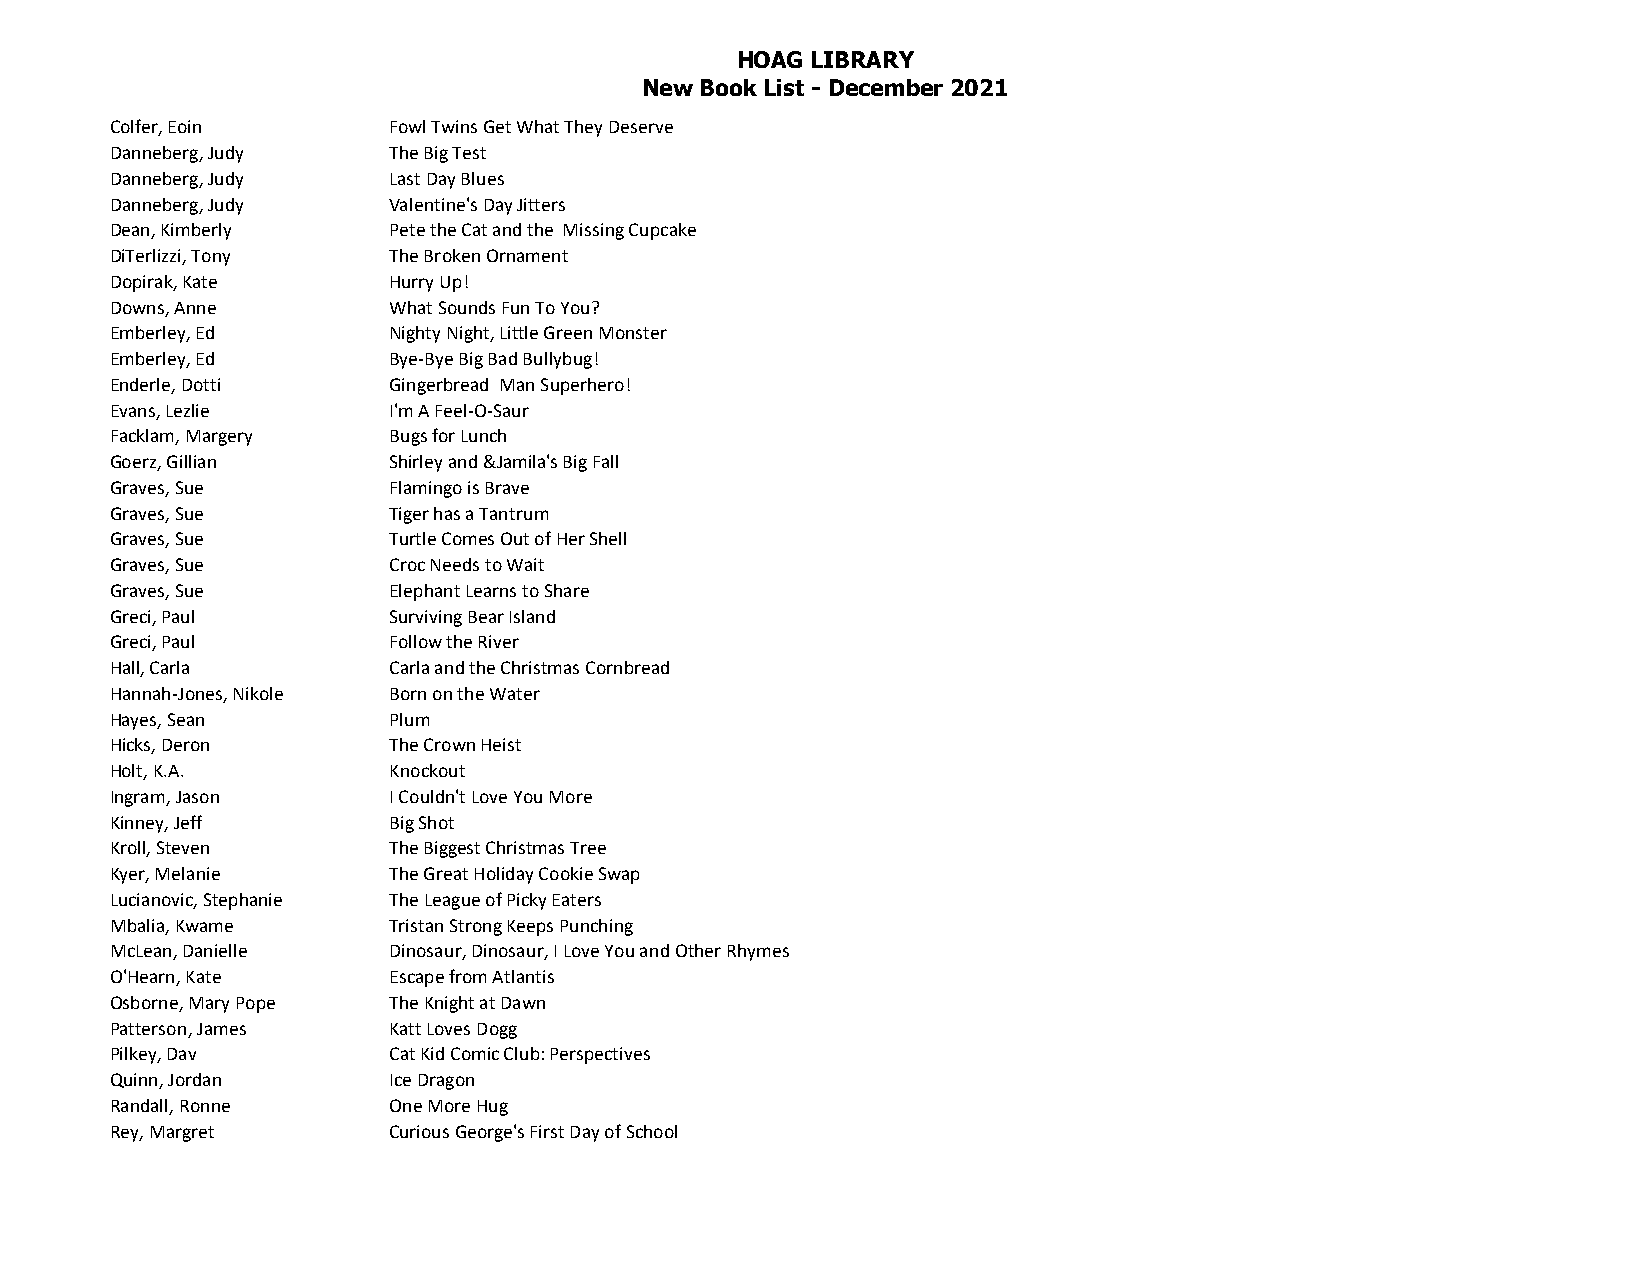
HOAG LIBRARY
 New Book List - December 2021
 Colfer, Eoin       Fowl Twins Get What They Deserve
 Danneberg, Judy    The Big Test
 Danneberg, Judy    Last Day Blues
 Danneberg, Judy    Valentine's Day Jitters
 Dean, Kimberly     Pete the Cat and the Missing Cupcake
 DiTerlizzi, Tony   The Broken Ornament
 Dopirak, Kate      Hurry Up!
 Downs, Anne        What Sounds Fun To You?
 Emberley, Ed       Nighty Night, Little Green Monster
 Emberley, Ed       Bye-Bye Big Bad Bullybug!
 Enderle, Dotti     Gingerbread Man Superhero!
 Evans, Lezlie      I'm A Feel-O-Saur
 Facklam, Margery   Bugs for Lunch
 Goerz, Gillian     Shirley and &Jamila's Big Fall
 Graves, Sue        Flamingo is Brave
 Graves, Sue        Tiger has a Tantrum
 Graves, Sue        Turtle Comes Out of Her Shell
 Graves, Sue        Croc Needs to Wait
 Graves, Sue        Elephant Learns to Share
 Greci, Paul        Surviving Bear Island
 Greci, Paul        Follow the River
 Hall, Carla        Carla and the Christmas Cornbread
 Hannah-Jones, Nikole Born on the Water
 Hayes, Sean        Plum
 Hicks, Deron       The Crown Heist
 Holt, K.A.         Knockout
 Ingram, Jason      I Couldn't Love You More
 Kinney, Jeff       Big Shot
 Kroll, Steven      The Biggest Christmas Tree
 Kyer, Melanie      The Great Holiday Cookie Swap
 Lucianovic, Stephanie The League of Picky Eaters
 Mbalia, Kwame      Tristan Strong Keeps Punching
 McLean, Danielle   Dinosaur, Dinosaur, I Love You and Other Rhymes
 O'Hearn, Kate      Escape from Atlantis
 Osborne, Mary Pope The Knight at Dawn
 Patterson, James   Katt Loves Dogg
 Pilkey, Dav        Cat Kid Comic Club: Perspectives
 Quinn, Jordan      Ice Dragon
 Randall, Ronne     One More Hug
 Rey, Margret       Curious George's First Day of School